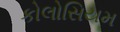
કોલોસિયમ